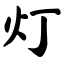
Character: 灯